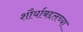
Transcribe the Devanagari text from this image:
शौर्याबद्दलच्या